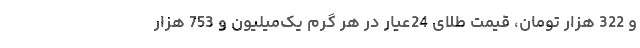
و 322 هزار تومان، قیمت طلای 24عیار در هر گرم یک‌میلیون و 753 هزار